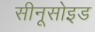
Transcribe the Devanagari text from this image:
सीनूसोइड